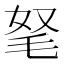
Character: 𣭄